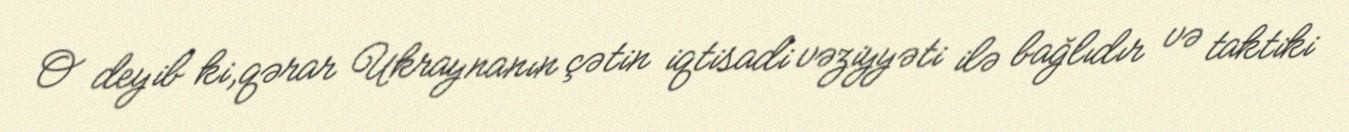
O deyib ki,qərar Ukraynanın çətin iqtisadi vəziyyəti ilə bağlıdır və taktiki